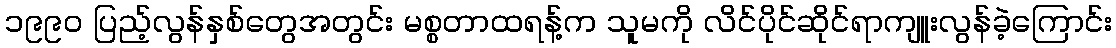
၁၉၉၀ ပြည့်လွန်နှစ်တွေအတွင်း မစ္စတာထရန့်က သူမကို လိင်ပိုင်ဆိုင်ရာကျူးလွန်ခဲ့ကြောင်း